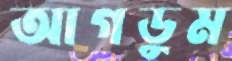
আগডুম